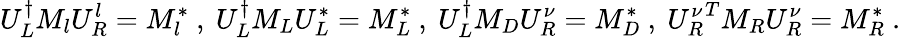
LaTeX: U_{L}^{\dagger}M_{l}U_{R}^{l}=M_{l}^{*}~,~U_{L}^{\dagger}M_{L}U_{L}^{*}=M_{L}^{*}~,~U_{L}^{\dagger}M_{D}U_{R}^{\nu}=M_{D}^{*}~,~{U_{R}^{\nu}}^{T}M_{R}U_{R}^{\nu}=M_{R}^{*}~.